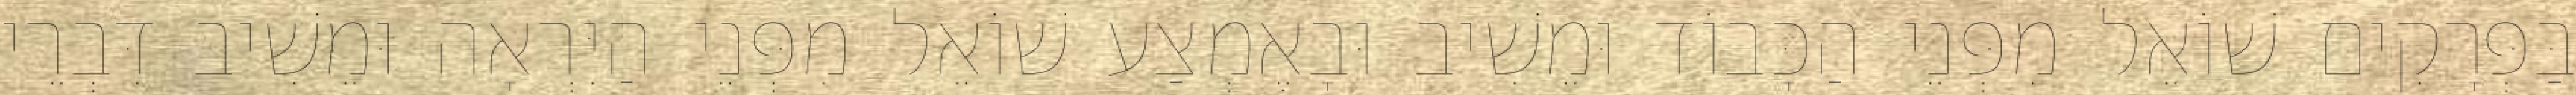
בַּפְּרָקִים שׁוֹאֵל מִפְּנֵי הַכָּבוֹד וּמֵשִׁיב וּבָאֶמְצַע שׁוֹאֵל מִפְּנֵי הַיִּרְאָה וּמֵשִׁיב דִּבְרֵי